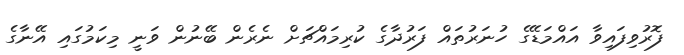
ފޮރުވިފައިވާ އައްމަޑޭގެ ހުނަރުތައް ފަރުދާގެ ކުރިމައްޗަށް ނެރެން ބޭނުން ވަނީ މިކަމުގައި އޭނާގެ